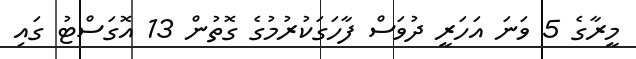
މީރާގެ 5 ވަނަ އަހަރީ ދުވަސް ފާހަގަކުރުމުގެ ގޮތުން 13 އޮގަސްޓު ގައި